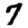
Digit: 7